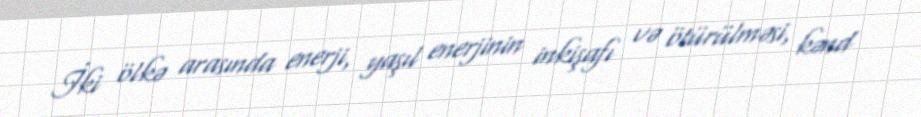
İki ölkə arasında enerji, yaşıl enerjinin inkişafı və ötürülməsi, kənd